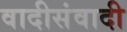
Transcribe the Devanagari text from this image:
वादीसंवादी